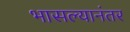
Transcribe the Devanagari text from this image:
भासल्यानंतर